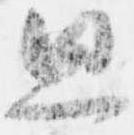
思